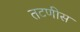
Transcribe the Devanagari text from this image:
तटणीस